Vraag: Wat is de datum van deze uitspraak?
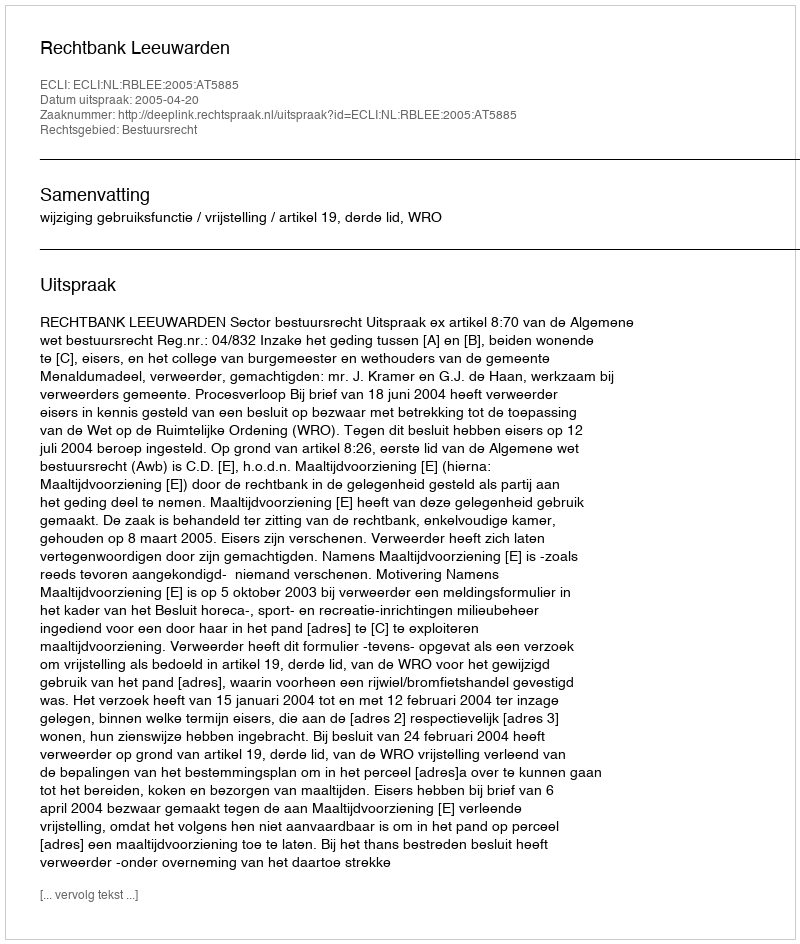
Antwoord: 2005-04-20